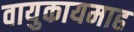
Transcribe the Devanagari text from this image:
वायुकायमाह